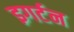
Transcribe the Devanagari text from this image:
इगर्टन